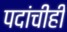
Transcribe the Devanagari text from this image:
पदांचीही